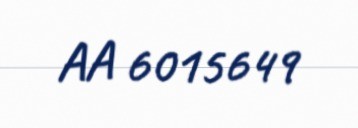
AA 6015649